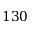
1 3 0